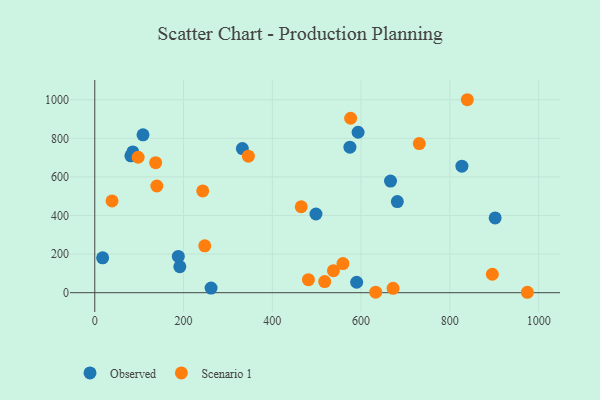
{"axis": {"x": "Study Hours", "y": "Demand"}, "legend": ["Observed", "Scenario 1"], "data": [{"x": "666.3", "y": 578.5, "type": "Observed"}, {"x": "332.5", "y": 747.0, "type": "Observed"}, {"x": "902.0", "y": 387.7, "type": "Observed"}, {"x": "191.6", "y": 134.7, "type": "Observed"}, {"x": "681.6", "y": 472.0, "type": "Observed"}, {"x": "593.2", "y": 831.3, "type": "Observed"}, {"x": "262.0", "y": 23.8, "type": "Observed"}, {"x": "590.0", "y": 54.1, "type": "Observed"}, {"x": "81.3", "y": 709.4, "type": "Observed"}, {"x": "574.8", "y": 754.2, "type": "Observed"}, {"x": "108.7", "y": 818.0, "type": "Observed"}, {"x": "498.3", "y": 407.7, "type": "Observed"}, {"x": "188.2", "y": 187.8, "type": "Observed"}, {"x": "17.7", "y": 180.9, "type": "Observed"}, {"x": "827.1", "y": 655.5, "type": "Observed"}, {"x": "85.7", "y": 729.4, "type": "Observed"}, {"x": "243.2", "y": 527.1, "type": "Scenario 1"}, {"x": "481.3", "y": 67.7, "type": "Scenario 1"}, {"x": "346.0", "y": 707.6, "type": "Scenario 1"}, {"x": "559.1", "y": 151.1, "type": "Scenario 1"}, {"x": "537.7", "y": 114.2, "type": "Scenario 1"}, {"x": "895.7", "y": 95.7, "type": "Scenario 1"}, {"x": "632.9", "y": 2.6, "type": "Scenario 1"}, {"x": "137.2", "y": 673.9, "type": "Scenario 1"}, {"x": "576.4", "y": 904.0, "type": "Scenario 1"}, {"x": "465.1", "y": 445.3, "type": "Scenario 1"}, {"x": "518.0", "y": 57.7, "type": "Scenario 1"}, {"x": "839.3", "y": 999.9, "type": "Scenario 1"}, {"x": "731.1", "y": 772.6, "type": "Scenario 1"}, {"x": "974.6", "y": 2.2, "type": "Scenario 1"}, {"x": "38.9", "y": 475.6, "type": "Scenario 1"}, {"x": "139.9", "y": 552.9, "type": "Scenario 1"}, {"x": "247.8", "y": 243.0, "type": "Scenario 1"}, {"x": "97.7", "y": 701.8, "type": "Scenario 1"}, {"x": "672.0", "y": 22.5, "type": "Scenario 1"}]}